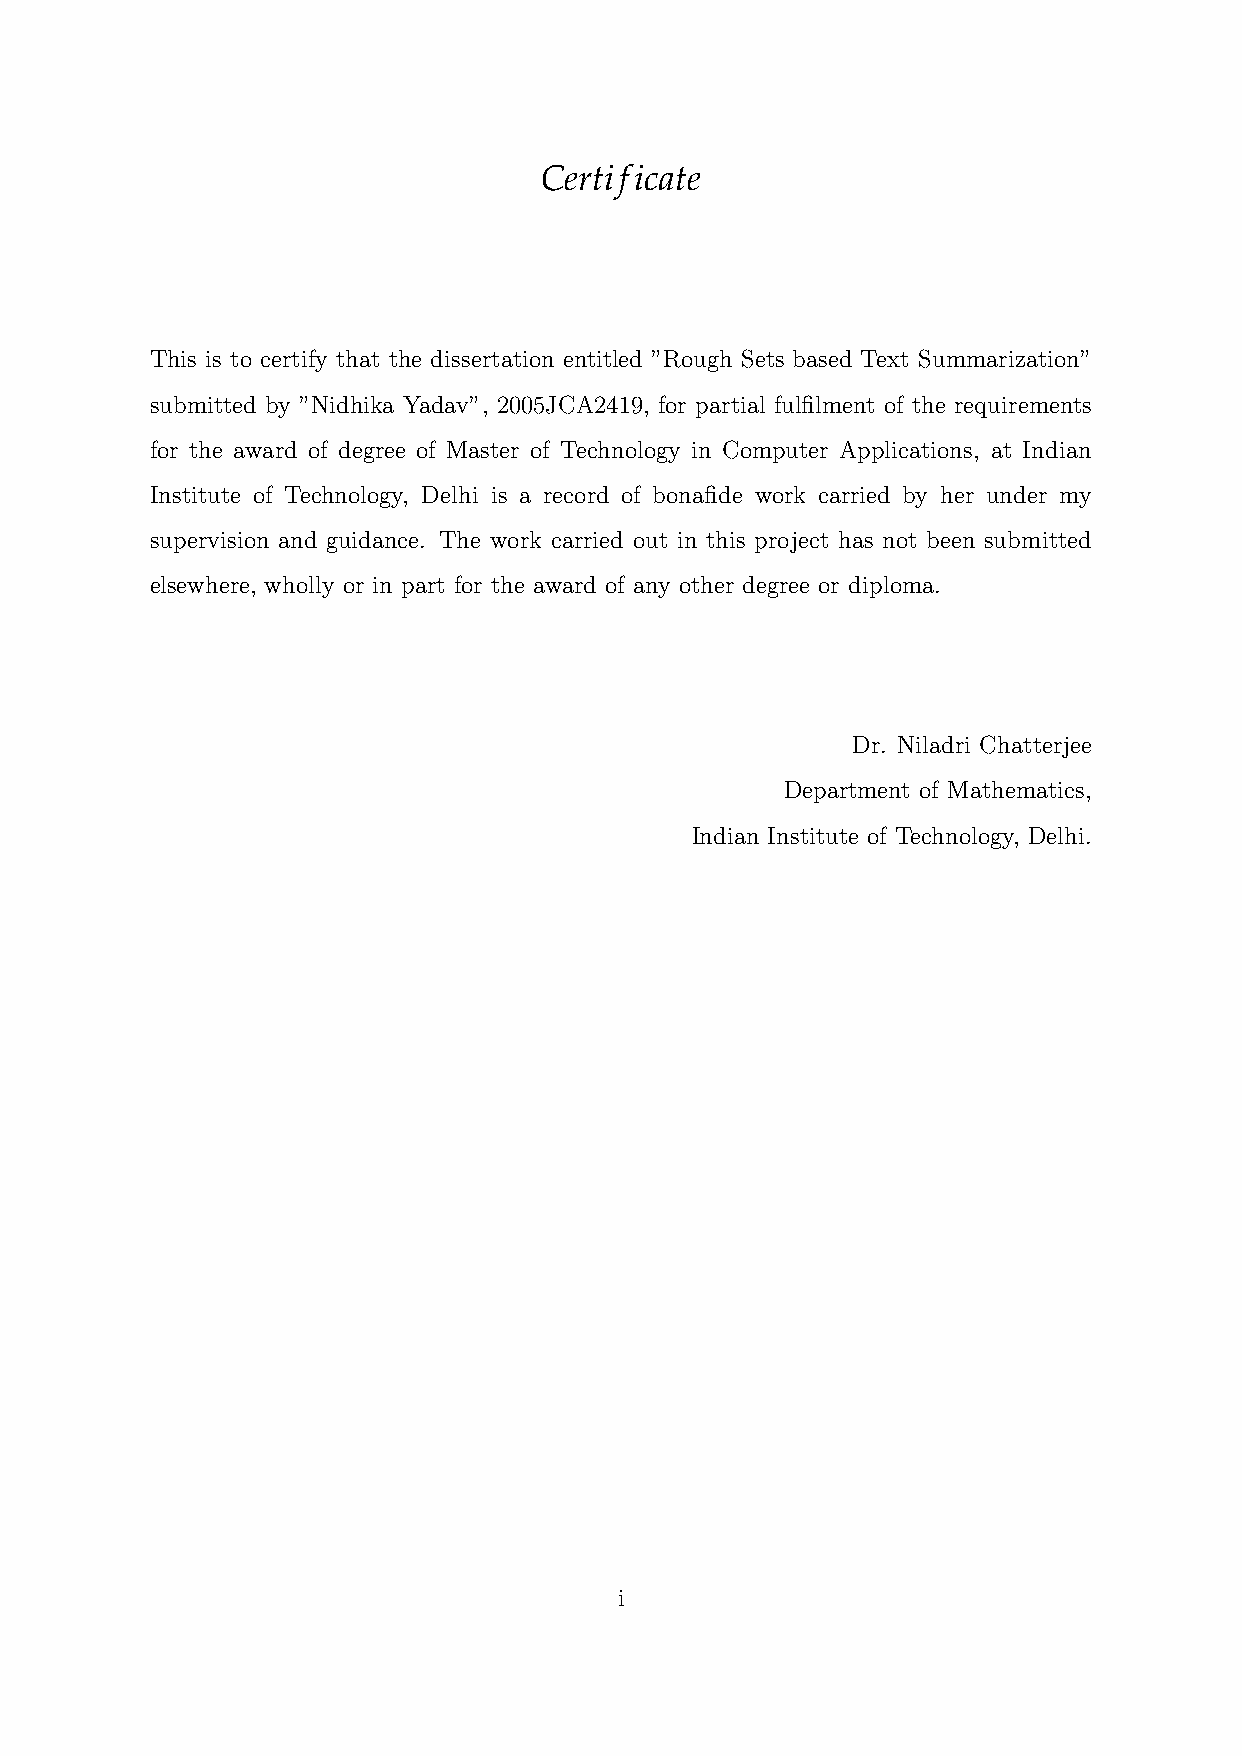
Certificate
 This is to certify that the dissertation entitled ”Rough Sets based Text Summarization”
 submitted by ”Nidhika Yadav”, 2005JCA2419, for partial fulfilment of the requirements
 for the award of degree of Master of Technology in Computer Applications, at Indian
 Institute of Technology, Delhi is a record of bonafide work carried by her under my
 supervision and guidance. The work carried out in this project has not been submitted
 elsewhere, wholly or in part for the award of any other degree or diploma.
 Dr. Niladri Chatterjee
 Department of Mathematics,
 Indian Institute of Technology, Delhi.
 i